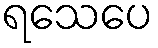
ရသေပေ